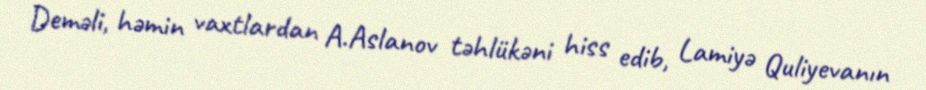
Deməli, həmin vaxtlardan A.Aslanov təhlükəni hiss edib, Lamiyə Quliyevanın